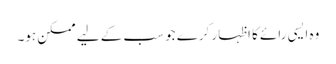
وہ ایسی رائے کا اظہار کرے جو سب کے لیے ممکن ہو۔